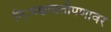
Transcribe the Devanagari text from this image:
निःपक्षपातीपणावर